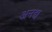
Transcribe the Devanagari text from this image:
अनद्य